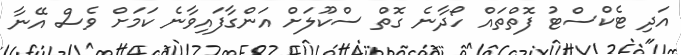
އަދި ޓެކްސްޓު ފޮތްތައް ހޯދާނެ ގޮތް ސްކޫލަށް އަންގާފައިވާނެ ކަމަށް ވެސް އޭނާ